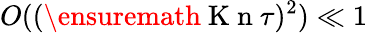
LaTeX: O((\ensuremath{\mathrm{~K~n~}}\tau)^{2})\ll 1